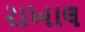
રાખાલ